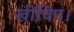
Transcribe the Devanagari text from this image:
खींचिए।